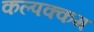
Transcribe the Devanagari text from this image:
कल्पक्कम